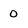
Character: 0